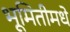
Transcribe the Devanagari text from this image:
भूमितीमधे